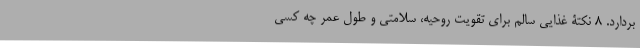
بردارد. ۸ نکتۀ غذایی سالم برای تقویت روحیه، سلامتی و طول عمر چه کسی